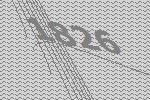
1826